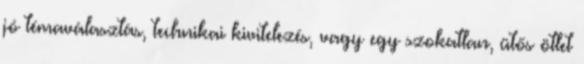
jó témaválasztás, technikai kivitelezés, vagy egy szokatlan, ütős ötlet